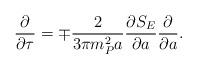
LaTeX: \begin{align*}\frac{\partial}{\partial \tau} = \mp \frac{2}{3 \pi m_P^2 a}\frac{\partial S_E}{\partial a} \frac{\partial}{\partial a}.\end{align*}